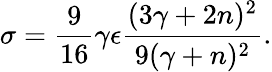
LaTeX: \sigma=\frac{9}{16}\gamma\epsilon\frac{(3\gamma+2n)^{2}}{9(\gamma+n)^{2}}.